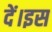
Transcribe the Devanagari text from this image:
दें।इस